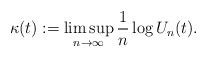
LaTeX: \begin{align*}\kappa(t):=\limsup_{n\to \infty} \frac{1}{n}\log U_n(t).\end{align*}